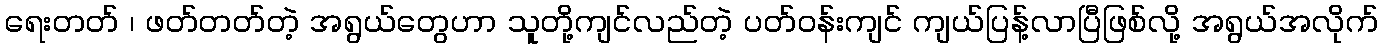
ရေးတတ် ၊ ဖတ်တတ်တဲ့ အရွယ်တွေဟာ သူတို့ကျင်လည်တဲ့ ပတ်ဝန်းကျင် ကျယ်ပြန့်လာပြီဖြစ်လို့ အရွယ်အလိုက်